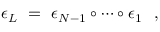
\epsilon _ { L } \ = \ \epsilon _ { N - 1 } \circ \cdots \circ \epsilon _ { 1 } \ \ ,